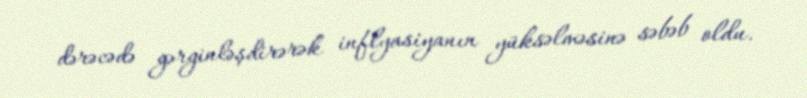
dərəcədə gərginləşdirərək inflyasiyanın yüksəlməsinə səbəb oldu.